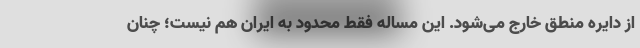
از دایره منطق خارج می‌شود. این مساله فقط محدود به ایران هم نیست؛ چنان